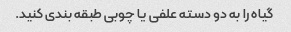
گیاه را به دو دسته علفی یا چوبی طبقه بندی کنید.